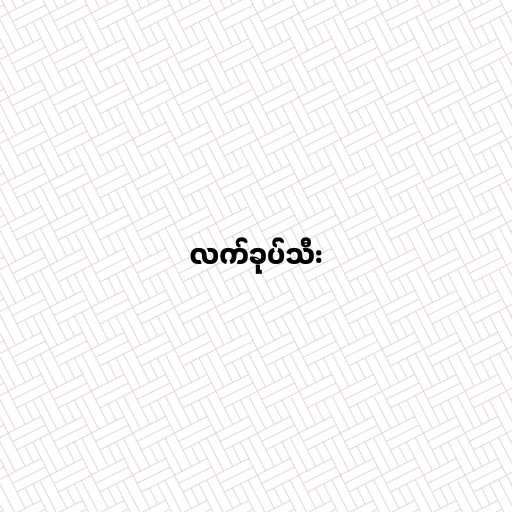
လက်ခုပ်သီး